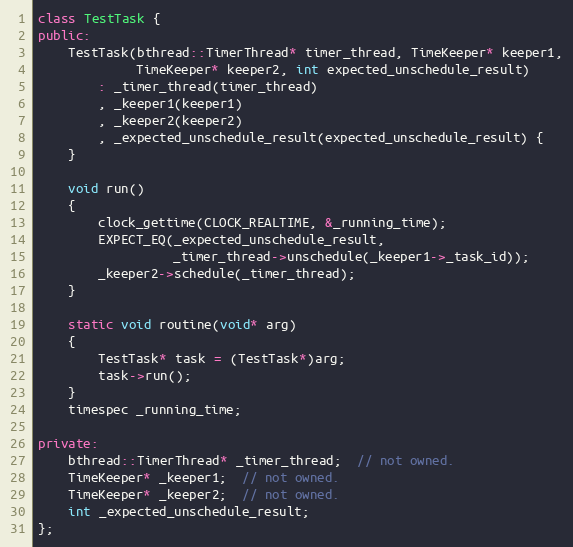
Language: C++
class TestTask {
public:
    TestTask(bthread::TimerThread* timer_thread, TimeKeeper* keeper1,
             TimeKeeper* keeper2, int expected_unschedule_result)
        : _timer_thread(timer_thread)
        , _keeper1(keeper1)
        , _keeper2(keeper2)
        , _expected_unschedule_result(expected_unschedule_result) {
    }

    void run()
    {
        clock_gettime(CLOCK_REALTIME, &_running_time);
        EXPECT_EQ(_expected_unschedule_result,
                  _timer_thread->unschedule(_keeper1->_task_id));
        _keeper2->schedule(_timer_thread);
    }

    static void routine(void* arg)
    {
        TestTask* task = (TestTask*)arg;
        task->run();
    }
    timespec _running_time;

private:
    bthread::TimerThread* _timer_thread;  // not owned.
    TimeKeeper* _keeper1;  // not owned.
    TimeKeeper* _keeper2;  // not owned.
    int _expected_unschedule_result;
};